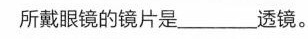
所戴眼镜的镜片是_______透镜。